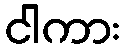
ငါကား